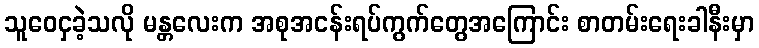
သူဝေငှခဲ့သလို မန္တလေးက အစုအငန်းရပ်ကွက်တွေအကြောင်း စာတမ်းရေးခါနီးမှာ